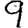
Digit: 9